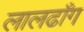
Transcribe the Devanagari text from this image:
लालढाँग